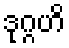
ဒုဂ္ဂဟိ